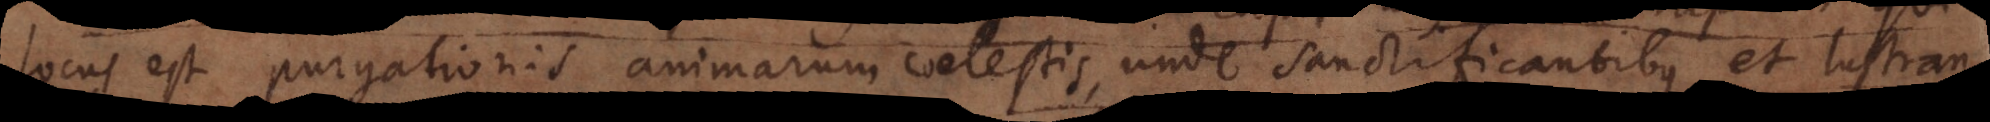
locus est purgationis animarum coelestis, unde sanctificantibus et lustran